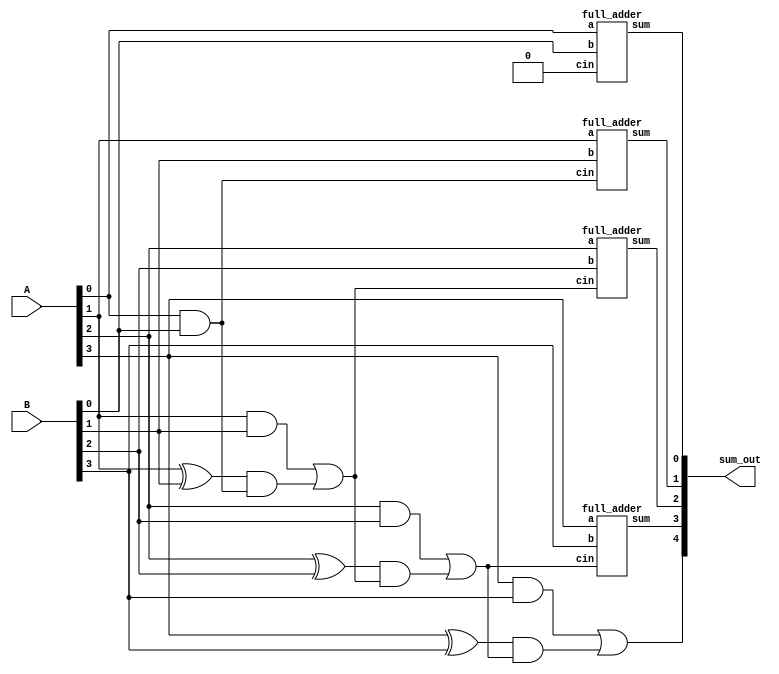
`timescale 1ns / 1ps
//////////////////////////////////////////////////////////////////////////////////
// Company: 
// Engineer: 
// 
// Design Name: 
// Module Name: main
// Project Name: 
// Target Devices: 
// Tool Versions: 
// Description: 
// 
// Dependencies: 
// 
// Revision:
// Revision 0.01 - File Created
// Additional Comments:
// 
//////////////////////////////////////////////////////////////////////////////////


module main(
input[3:0] A, B,
output [4:0] sum_out);

wire [3:0] sum, generator, propagator;
wire [4:0] carry;

full_adder fa1(A[0], B[0], carry[0], sum[0],);
full_adder fa2(A[1], B[1], carry[1], sum[1],);
full_adder fa3(A[2], B[2], carry[2], sum[2],);
full_adder fa4(A[3], B[3], carry[3], sum[3],);

and a1(generator[0], A[0], B[0]);
and a2(generator[1], A[1], B[1]);
and a3(generator[2], A[2], B[2]);
and a4(generator[3], A[3], B[3]);

xor x1(propagator[0], A[0], B[0]);
xor x2(propagator[1], A[1], B[1]);
xor x3(propagator[2], A[2], B[2]);
xor x4(propagator[3], A[3], B[3]);

wire w0, w1, w2, w3;
assign carry[0] = 1'b0;

and an1(w0, propagator[0], carry[0]);
or o1(carry[1], generator[0], w0);

and an2(w1, propagator[1], carry[1]);
or o2(carry[2], generator[1], w1);

and an3(w2, propagator[2], carry[2]);
or o3(carry[3], generator[2], w2);

and an4(w3, propagator[3], carry[3]);
or o4(carry[4], generator[3], w3);

assign sum_out = {carry[4],sum};

endmodule


module full_adder(
input a, b,cin,
output sum, cout);
assign sum = a^b^cin;
assign carry = (a&b)|(b&cin)|(cin&a);
endmodule